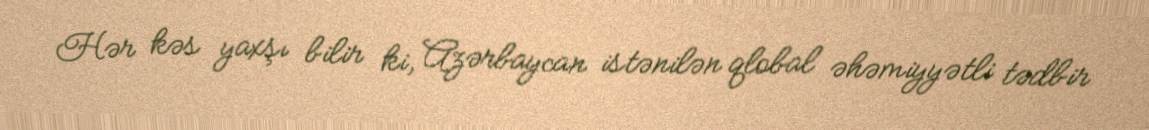
Hər kəs yaxşı bilir ki, Azərbaycan istənilən qlobal əhəmiyyətli tədbir